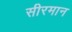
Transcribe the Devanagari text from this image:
सीरमान